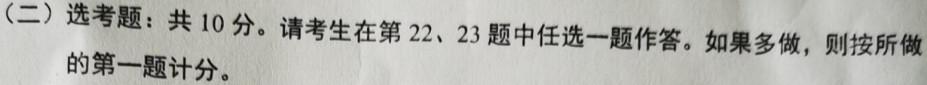
（二）选考题：共 10 分。请考生在第 22、23 题中任选一题作答。如果多做，则按所做的第一题计分。